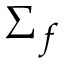
\Sigma _ { f }